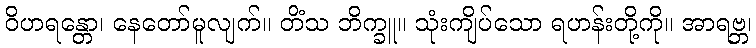
ဝိဟရန္တော၊ နေတော်မူလျက်။ တိံသ ဘိက္ခူ။ သုံးကျိပ်သော ရဟန်းတို့ကို။ အာရဗ္ဘ၊